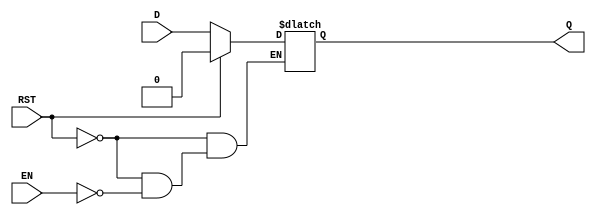
module async_register (
    input wire D,       // Data input
    input wire EN,      // Enable signal
    input wire RST,     // Asynchronous reset
    output reg Q        // Data output
);

// Asynchronous reset and enable behavior
always @(*) begin
    if (RST) begin
        Q = 1'b0;      // Set Q to 0 when reset is asserted
    end else if (EN) begin
        Q = D;         // Capture input data when enabled
    end
    // If RST is low and EN is low, Q retains its last value
end

endmodule